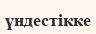
үндестікке